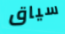
سياق